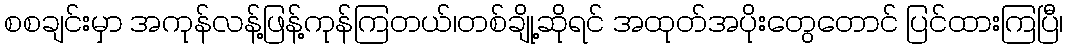
စစချင်းမှာ အကုန်လန့်ဖြန့်ကုန်ကြတယ်၊တစ်ချို့ဆိုရင် အထုတ်အပိုးတွေတောင် ပြင်ထားကြပြီ၊